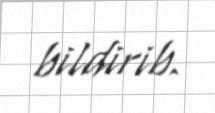
bildirib.